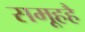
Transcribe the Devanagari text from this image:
समूहहै